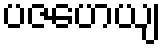
ပဇဟေယျ